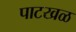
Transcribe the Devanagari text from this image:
पाटखळ